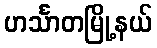
ဟင်္သာတမြို့နယ်